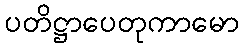
ပတိဋ္ဌာပေတုကာမော